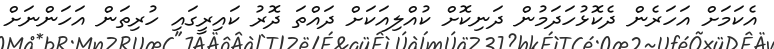
އެކަމަށް އަހަރެން ދެކޮޅުހަދަމުން ދަނިކޮށް ކުއްލިއަކަށް ދައްތަ ދޮރު ކައިރީގައި ހުރިތަން އަހަންނަށް